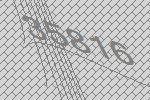
35816